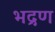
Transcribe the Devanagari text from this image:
भद्रण